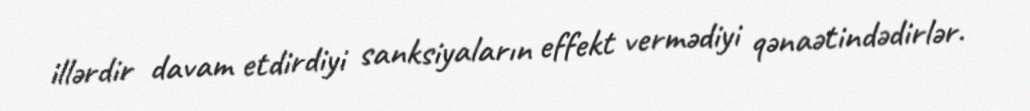
illərdir davam etdirdiyi sanksiyaların effekt vermədiyi qənaətindədirlər.